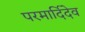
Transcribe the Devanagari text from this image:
परमार्दिदेव